Document type: Grant
Year: 1310
Scribe: [Unknown]
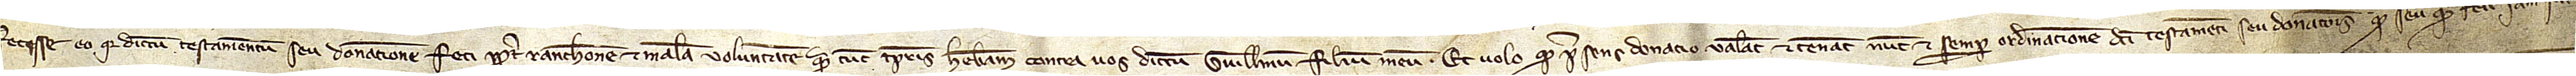
fecisse eo quia dictum testamentum seu donacionem feci propter ranchonem et malam voluntatem quam tunc temporis habebam contra vos dictum Guillelmum, filium meum. Et volo quod presens donacio valeat et teneat nunc et semper ordinacionem dicti testamenti seu donacionis quod seu quam feci iam sunt